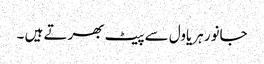
جانور ہریاول سے پیٹ بھرتے ہیں ۔